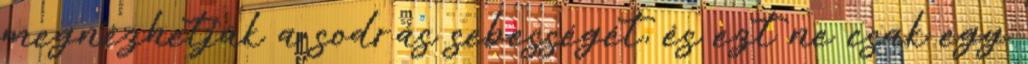
megnézhetjük a sodrás sebességét, és ezt ne csak egy